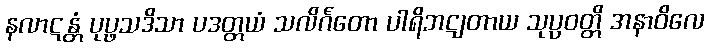
နလာဋန္တံ ပုပ္ဖသဒိသာ ပဒတ္တယံ သလိင်္ဂတော ပါရိဘဋျတာယ သုပ္ပဝတ္တိ အနာဝိလေ